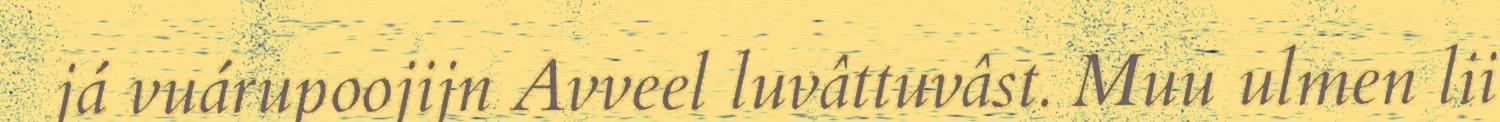
já vuárupoojijn Avveel luvâttuvâst. Muu ulmen lii